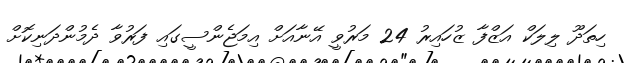
ހިތަދޫ ލިލަކް އަޒްފާ ޒުހައިރު 24 މަރުވީ އޭނާއަށް އިމަޖެންސީގައި ފަރުވާ ދެމުންދަނިކޮށް